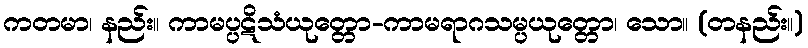
ကတမာ၊ နည်း။ ကာမပ္ပဋိသံယုတ္တော-ကာမရာဂသမ္ပယုတ္တော၊ သော။ (တနည်း။)